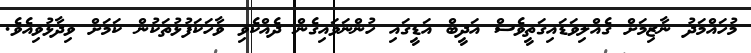
މުހައްމަދު ނާޒިމަށް ގެއްލިވަޑައިގަތީވެސް އަދީބް އަޑީގައި ހުންނަވައިގެން ދެއްކެވި ވާހަކަފުޅުތަކުން ކަމަށް ވިދާޅުވިއެވެ.